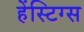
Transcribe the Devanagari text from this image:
हेंस्टिग्स